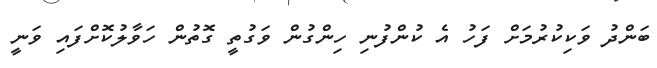
ބަންދު ވަކިކުރުމަށް ފަހު އެ ކުންފުނި ހިންގުން ވަގުތީ ގޮތުން ހަވާލުކޮށްފައި ވަނީ